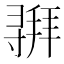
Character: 𫴵